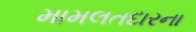
મામલતદારના